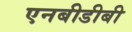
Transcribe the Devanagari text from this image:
एनबीडीबी